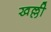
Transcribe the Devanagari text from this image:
खल्ली